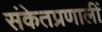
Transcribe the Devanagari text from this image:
संकेतप्रणालीं